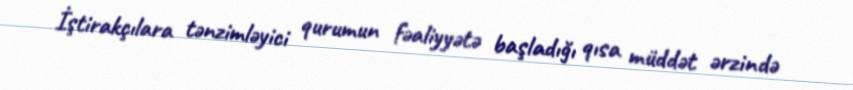
İştirakçılara tənzimləyici qurumun fəaliyyətə başladığı qısa müddət ərzində